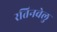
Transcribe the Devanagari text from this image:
रतिनवेलु